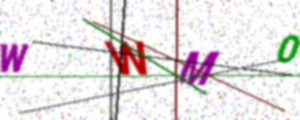
Text: WWM0